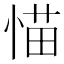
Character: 𱞭